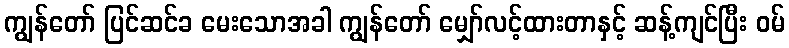
ကျွန်တော် ပြင်ဆင်ခ မေးသောအခါ ကျွန်တော် မျှော်လင့်ထားတာနှင့် ဆန့်ကျင်ပြီး ဝမ်